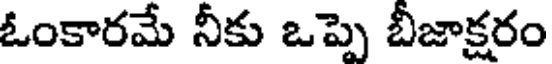
ఓంకారమే నీకు ఒప్పె బీజాక్షరం